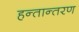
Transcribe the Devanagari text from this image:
हन्तान्तरण